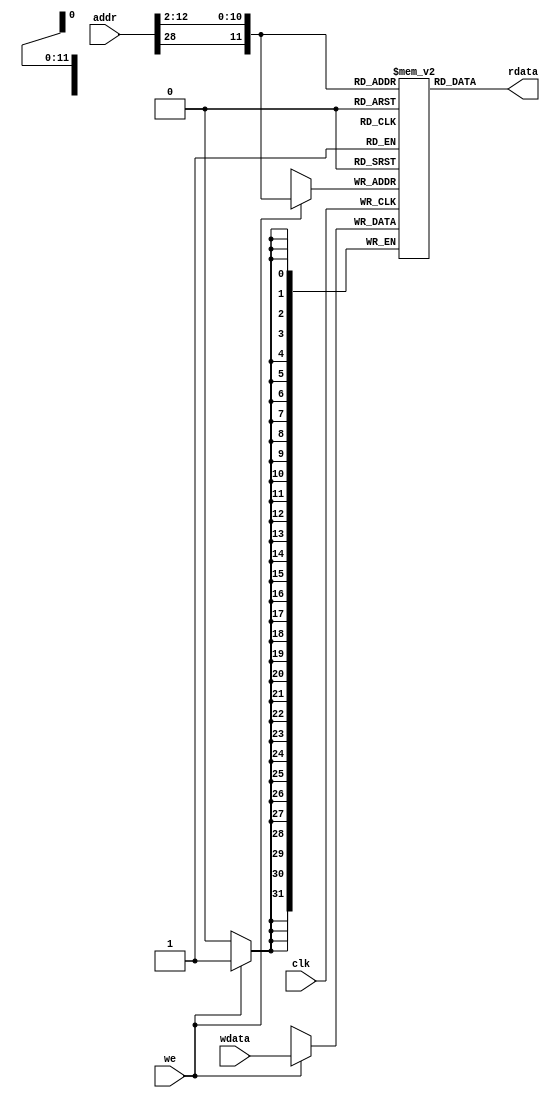
module RAM (
    input wire clk,
    input wire we,
    input wire[31:0] addr,
    input wire[31:0] wdata,

    output wire[31:0] rdata
);
    reg[31:0] mem[4095:0];
    // wire[31:0] addr_1;
    // wire[31:0] addr_2;
    // wire[31:0] addr_3;

    // assign addr_1 = addr + 1;
    // assign addr_2 = addr + 2;
    // assign addr_3 = addr + 3;

    assign rdata = mem[{addr[28], addr[12:2]}];


    always @(posedge clk) begin
        if (we) begin
            mem[{addr[28], addr[12:2]}] <= wdata;
        end
    end
endmodule